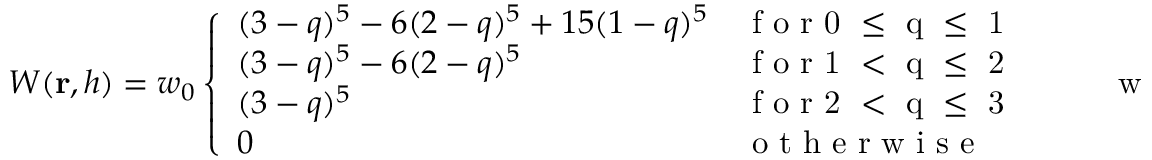
W ( \mathbf { r } , h ) = w _ { 0 } \left\{ \begin{array} { l l } { ( 3 - q ) ^ { 5 } - 6 ( 2 - q ) ^ { 5 } + 1 5 ( 1 - q ) ^ { 5 } } & { \mathrm { ~ f ~ o ~ r ~ 0 ~ \leq ~ q ~ \leq ~ 1 ~ } } \\ { ( 3 - q ) ^ { 5 } - 6 ( 2 - q ) ^ { 5 } } & { \mathrm { ~ f ~ o ~ r ~ 1 ~ < ~ q ~ \leq ~ 2 ~ } } \\ { ( 3 - q ) ^ { 5 } } & { \mathrm { ~ f ~ o ~ r ~ 2 ~ < ~ q ~ \leq ~ 3 ~ } } \\ { 0 } & { \mathrm { ~ o ~ t ~ h ~ e ~ r ~ w ~ i ~ s ~ e ~ } } \end{array} \right. \qquad \mathrm { ~ w ~ i ~ t ~ h ~ } \qquad q = { \lVert } \mathbf { r } { \rVert } / h ,